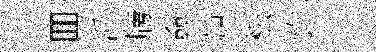
囬沂牓僉艸松许